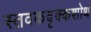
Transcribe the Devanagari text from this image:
स्तवकवृक्कशोथ